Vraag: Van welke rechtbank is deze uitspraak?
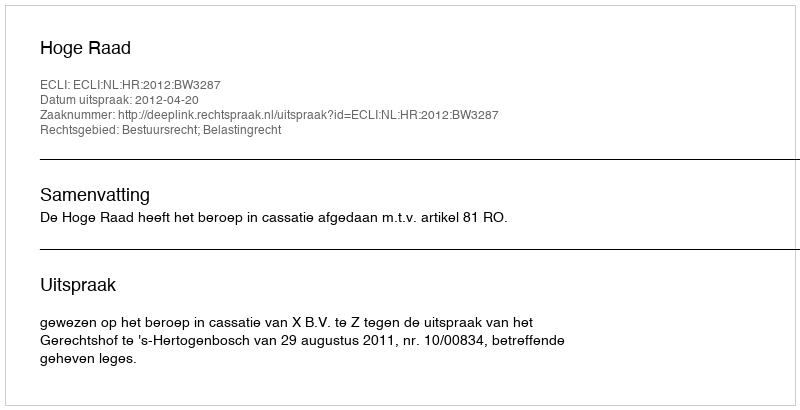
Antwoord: Hoge Raad